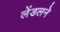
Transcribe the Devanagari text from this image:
लेंडलने